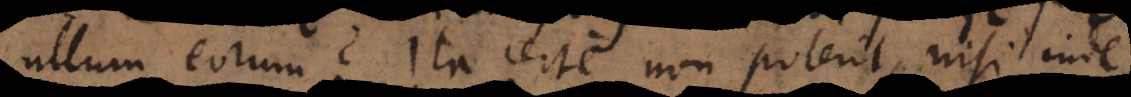
ullum eorum? Ita certe non poterit, nisi inde